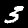
Label: 3